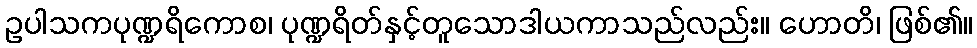
ဥပါသကပုဏ္ဍရိကောစ၊ ပုဏ္ဍရိတ်နှင့်တူသောဒါယကာသည်လည်း။ ဟောတိ၊ ဖြစ်၏။